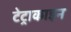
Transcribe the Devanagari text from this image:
टेट्राकाइन